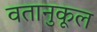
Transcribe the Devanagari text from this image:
वतानुकूल